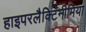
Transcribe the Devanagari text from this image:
हाइपरलैक्टिनीमिया